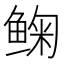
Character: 𱇽